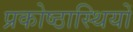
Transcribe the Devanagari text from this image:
प्रकोष्ठास्थियों